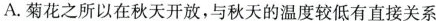
A.菊花之所以在秋天开放，与秋天的温度较低有直接关系